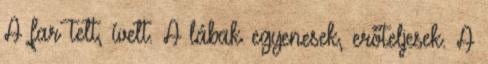
A far telt, ívelt. A lábak egyenesek, erőteljesek. A